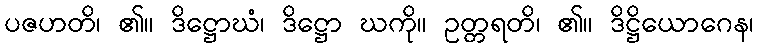
ပဇဟတိ၊ ၏။ ဒိဋ္ဌောဃံ၊ ဒိဋ္ဌော ဃကို။ ဥတ္တရတိ၊ ၏။ ဒိဋ္ဌိယောဂေန၊